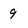
Character: 9